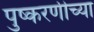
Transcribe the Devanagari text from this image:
पुष्करणीच्या